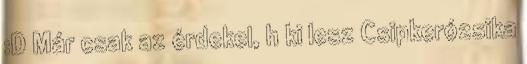
:D Már csak az érdekel, h ki lesz Csipkerózsika